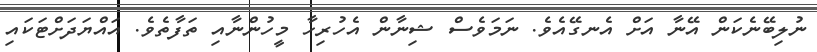
ނުލިބޭނެކަން އޭނާ އަށް އެނގޭއެވެ. ނަމަވެސް ޝިނާން އެހުރިހާ މީހުންނާއި ތަފާތެވެ. އައްޔަދަށްޓަކައި